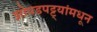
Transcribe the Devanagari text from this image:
झोपडपट्ट्यांमधून